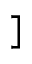
]